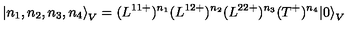
{ \left| n _ { 1 } , n _ { 2 } , n _ { 3 } , n _ { 4 } \right\rangle } _ { V } = ( L ^ { 1 1 + } ) ^ { n _ { 1 } } ( L ^ { 1 2 + } ) ^ { n _ { 2 } } ( L ^ { 2 2 + } ) ^ { n _ { 3 } } ( T ^ { + } ) ^ { n _ { 4 } } { | 0 \rangle } _ { V }